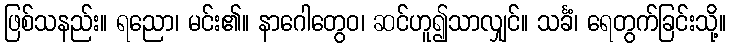
ဖြစ်သနည်း။ ရညော၊ မင်း၏။ နာဂေါတွေဝ၊ ဆင်ဟူ၍သာလျှင်။ သင်္ခံ၊ ရေတွက်ခြင်းသို့။